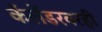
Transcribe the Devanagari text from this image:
कॅलेंडरवरही